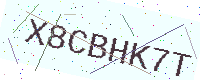
Text: X8CBHK7T